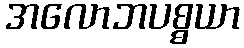
အလောဘပစ္စယာ